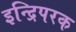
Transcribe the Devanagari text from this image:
इन्द्रिपरक